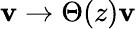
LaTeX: \mathbf{v}\rightarrow\Theta(z)\mathbf{v}